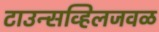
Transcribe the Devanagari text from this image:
टाउन्सव्हिलजवळ